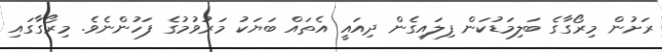
ރަށުން މިރޯގާގެ ބަލިމަޑުކަން ފިލައިގެން ދިއައީ އެތައް ބަޔަކު މަރުވުމުގެ ފަހުންނެވެ. މިރޯގާގައި